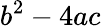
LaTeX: b^{2}-4ac